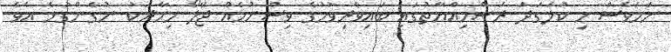
ނަމަވެސް މި ކުލަގަދަ ރަސްމިއްޔާތުގައި ބައިވެރިވުމުގެ ވިސްނުމެއް ޖޭލޯ މިހާރަކު ނުގެންގުޅެ އެވެ.